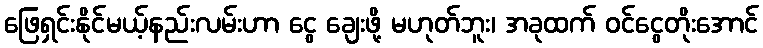
ဖြေရှင်းနိုင်မယ့်နည်းလမ်းဟာ ငွေ ချေးဖို့ မဟုတ်ဘူး၊ အခုထက် ဝင်ငွေတိုးအောင်